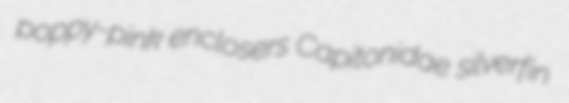
poppy-pink enclosers Capitonidae silverfin